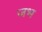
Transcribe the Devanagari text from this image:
जभ